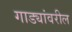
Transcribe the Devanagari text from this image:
गाड्यांवरील